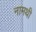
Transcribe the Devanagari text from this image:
नामथी